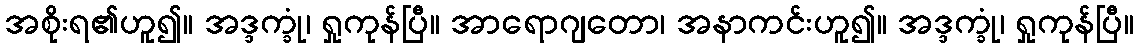
အစိုးရ၏ဟူ၍။ အဒ္ဒက္ခုံ၊ ရှုကုန်ပြီ။ အာရောဂျတော၊ အနာကင်းဟူ၍။ အဒ္ဒက္ခုံ၊ ရှုကုန်ပြီ။